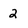
Character: 2